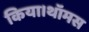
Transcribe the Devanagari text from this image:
किया।थॉमस